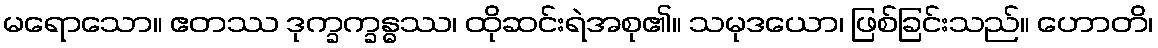
မရောသော။ ဧတဿ ဒုက္ခက္ခန္ဓဿ၊ ထိုဆင်းရဲအစု၏။ သမုဒယော၊ ဖြစ်ခြင်းသည်။ ဟောတိ၊